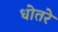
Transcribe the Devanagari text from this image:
धोतरे